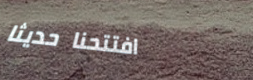
افتتحنا حديثاً